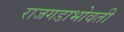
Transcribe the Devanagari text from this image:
राजगडाभोवती